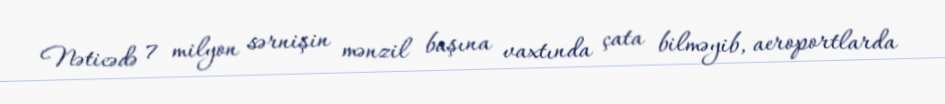
Nəticədə 7 milyon sərnişin mənzil başına vaxtında çata bilməyib, aeroportlarda